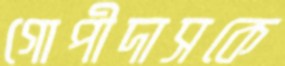
গোপীদাসকে